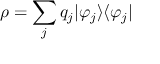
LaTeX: \rho = \sum _ { j } q _ { j } | \varphi _ { j } \rangle \langle \varphi _ { j } |